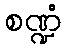
စဏ္ဍံ